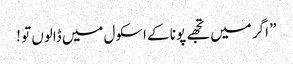
” اگر میں تجھے پونا کے اسکول میں ڈالوں تو !